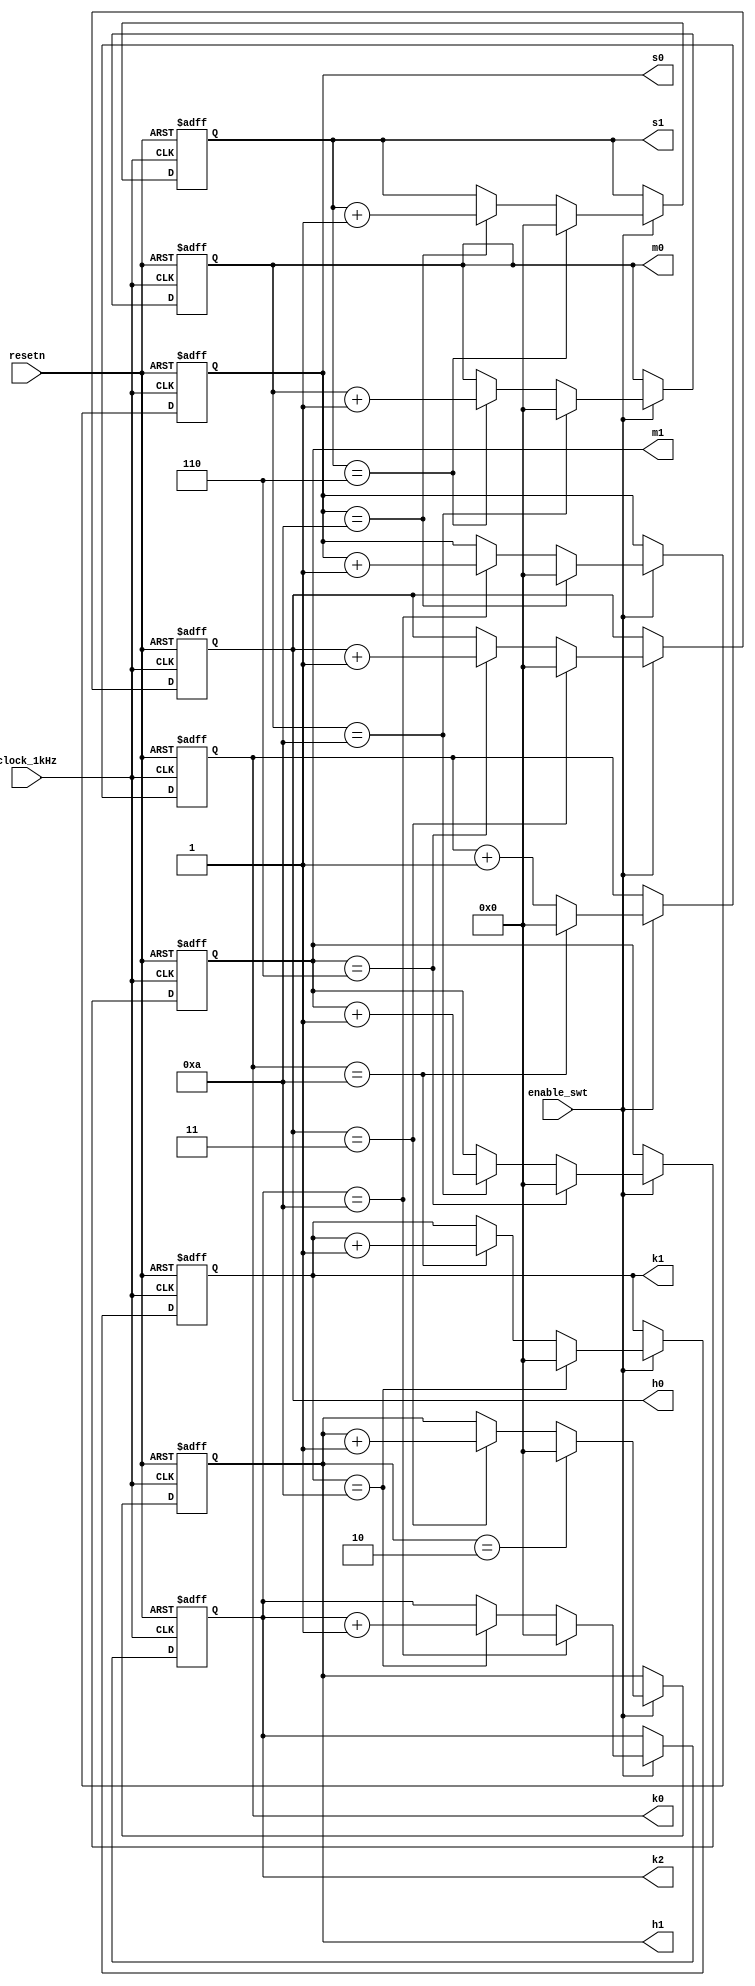
`timescale 1ns / 1ps
//////////////////////////////////////////////////////////////////////////////////
// Company: 
// Engineer: 
// 
// Design Name: 
// Module Name: counter_with_enable
// Project Name: 
// Target Devices: 
// Tool Versions: 
// Description: 
// 
// Dependencies: 
// 
// Revision:
// Revision 0.01 - File Created
// Additional Comments:
// 
//////////////////////////////////////////////////////////////////////////////////

module stopwatch(
    input enable_swt,
    //input increment,
    input clock_1kHz,
    input resetn,
    output reg [3:0] s0,
    output reg [3:0] s1,
    output reg [3:0] m0,
    output reg [3:0] m1,
    output reg [3:0] h0,
    output reg [3:0] h1,
    output reg [3:0] k2,
    output reg [3:0] k1,
    output reg [3:0] k0
    );
    
    parameter SIX = 4'b0110;
    parameter TEN = 4'b1010;
    parameter THREE = 4'b0011;
    parameter TWO = 4'b0010;
    
    // 60 can be represented in binary in 6 bits binary
    // binary should be converted to BCD -> seven-segment/VGA

    
    initial begin
         s0 = 0; s1 = 0;
         m0 = 0; m1 = 0;
         h0 = 0; h1 = 0;
         k0 = 0; k1 = 0; k2 = 0;
    end

     
    always@(posedge clock_1kHz or negedge resetn)begin
        if(!resetn) begin
            s0 <= 0; s1 <= 0; 
            m0 <= 0; m1 <= 0; 
            h0 <= 0; h1 <= 0;
            k0 <= 0; k1 <= 0; k2 <= 0;
        end 
        else if(enable_swt) begin
            k0 <= k0 + 1;
            if(k0==TEN) begin
                k1<=k1+1;
                k0<=0;
            end
            if(k1==TEN) begin
                k2<=k2+1;
                k1<=0;
            end
            if(k2==TEN) begin
                s0<=s0+1;
                k2<=0;
            end
            if(s0==TEN) begin
                s1<= s1+1;
                s0<=0;
            end
            if(s1==SIX) begin
                m0<=m0+1;
                s1<=0;
            end
            if(m0==TEN) begin
                m1<=m1+1;
                m0<=0;         
            end
            if(m1==SIX) begin
                h0<=h0+1;
                m1<=0;
            end
            if(h0==THREE) begin
                h1<=h1+1;
                h0<=0;
            end
            if(h1==TWO)
                h1<=0;
            end
    end
endmodule